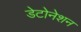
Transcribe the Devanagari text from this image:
डेटोनेशन